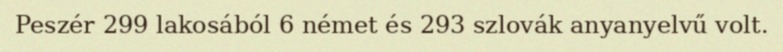
Peszér 299 lakosából 6 német és 293 szlovák anyanyelvű volt.